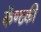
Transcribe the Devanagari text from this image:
कॅण्टकी